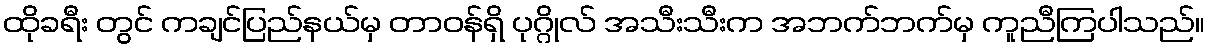
ထိုခရီး တွင် ကချင်ပြည်နယ်မှ တာဝန်ရှိ ပုဂ္ဂိုလ် အသီးသီးက အဘက်ဘက်မှ ကူညီကြပါသည်။